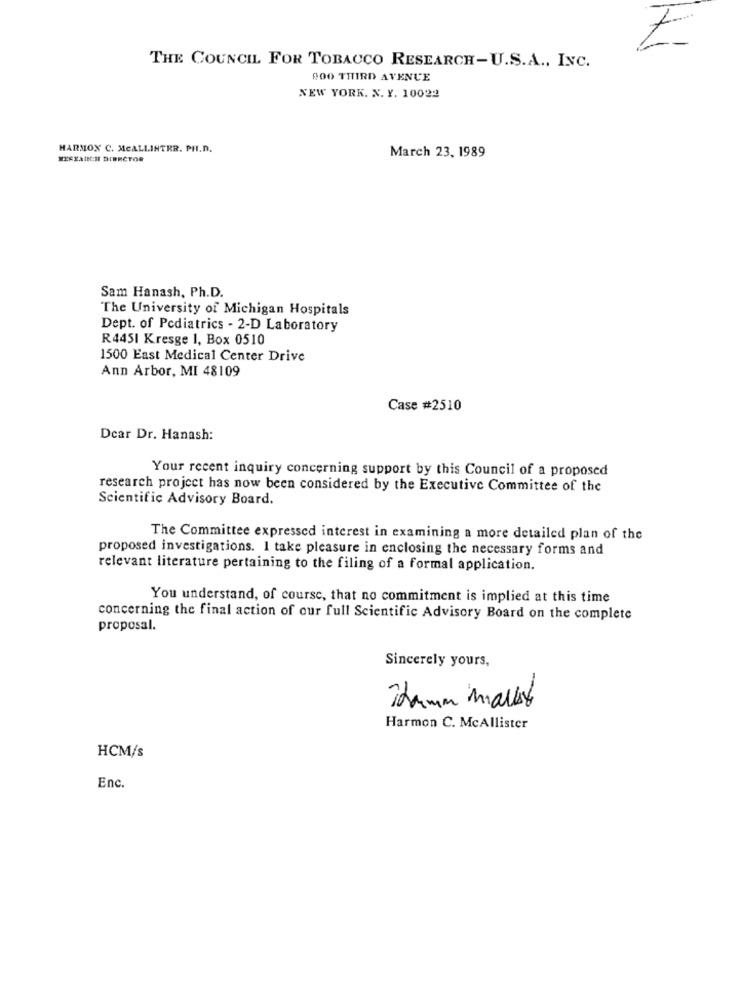
THE COUNCIL FOR TOBACCO RESEARCH-U.S.A ., INC.
900 THIRD AVENUE
NEW YORK. X. Y. 10022
HARMON C. MCALLINTER. PH.D.
RESEARCH DIRECTOR
March 23, 1989
Sam Hanash, Ph.D.
The University of Michigan Hospitals
Dept. of Pediatrics - 2-D Laboratory
R4451 Kresge 1, Box 0510
1500 East Medical Center Drive
Ann Arbor, MI 48109
Case #2510
Dear Dr. Hanash:
Your recent inquiry concerning support by this Council of a proposed
research project has now been considered by the Executive Committee of the
Scientific Advisory Board.
The Committee expressed interest in examining a more detailed plan of the
proposed investigations. I take pleasure in enclosing the necessary forms and
relevant literature pertaining to the filing of a formal application.
You understand, of course, that no commitment is implied at this time
concerning the final action of our full Scientific Advisory Board on the complete
proposal.
Sincerely yours,
Thamm markt
Harmon C. McAllister
HCM/s
Enc.